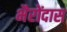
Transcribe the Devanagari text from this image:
भैरोंदास